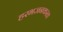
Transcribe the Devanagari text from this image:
हरभजनकरता